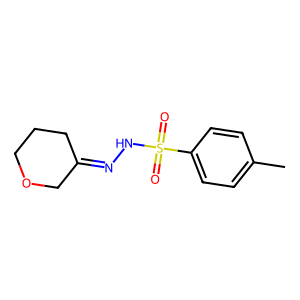
SMILES: Cc1ccc(S(=O)(=O)NN=C2CCCOC2)cc1
Inhibits HIV replication: No